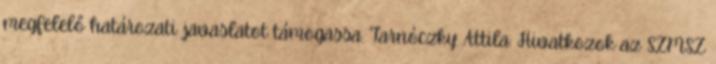
megfelelő határozati javaslatot támogassa. Tarnóczky Attila: Hivatkozok az SZMSZ